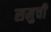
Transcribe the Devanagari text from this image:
समुची